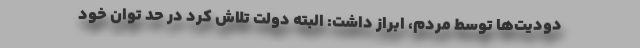
دودیت‌ها توسط مردم، ابراز داشت: البته دولت تلاش کرد در حد توان خود